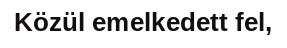
Közül emelkedett fel,